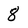
Character: 8